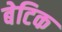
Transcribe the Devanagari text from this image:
बेटिक